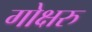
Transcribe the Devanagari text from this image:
गोक्षरु